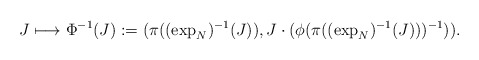
\begin{align*}J\longmapsto \Phi^{-1}(J):=(\pi((\exp_N)^{-1}(J)), J\cdot (\phi(\pi((\exp_N)^{-1}(J)))^{-1})).\end{align*}